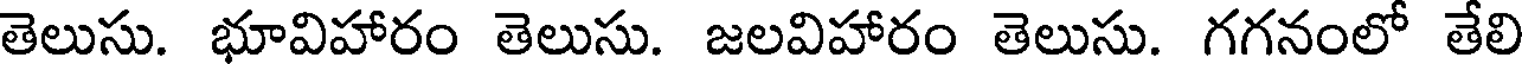
తెలుసు. భూవిహారం తెలుసు. జలవిహారం తెలుసు. గగనంలో తేలి